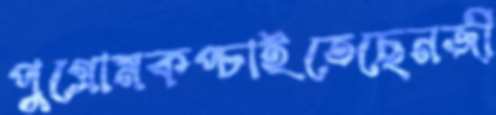
পুগ্রোমকপ্‌চাইতেছেনজী